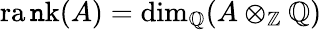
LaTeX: \operatorname{ra\mathtt{n}k}(A)=\dim_{\mathbb{{Q}}}(A\otimes_{\mathbb{{Z}}}\mathbb{{Q}})